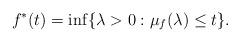
LaTeX: \begin{align*}f^*(t)=\inf\{\lambda>0:\mu_f(\lambda)\le t\}.\end{align*}